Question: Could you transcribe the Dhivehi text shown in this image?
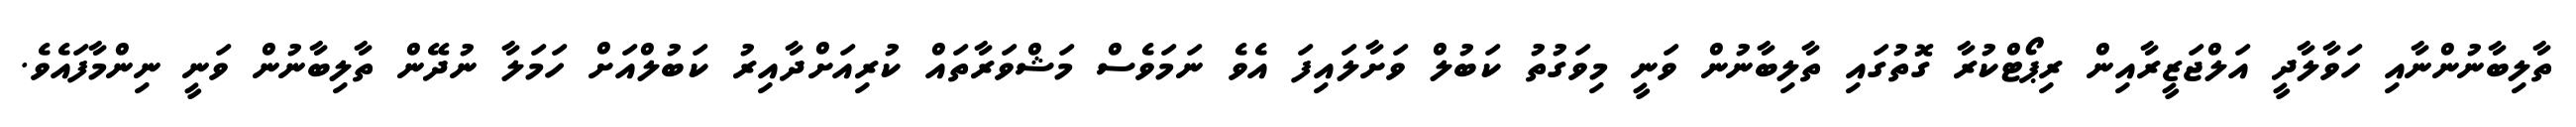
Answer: ތާލިބާނުންނާއި ހަވާލާދީ އަލްޖަޒީރާއިން ރިޕޯޓްކުރާ ގޮތުގައި ތާލިބާނުން ވަނީ މިވަގުތު ކަބުލް ވަށާލައިފަ އެވެ ނަމަވެސް މަޝްވަރާތައް ކުރިއަށްދާއިރު ކަބުލްއަށް ހަމަލާ ނުދޭން ތާލިބާނުން ވަނީ ނިންމާފައެވެ.